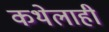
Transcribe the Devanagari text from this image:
कथेलाही